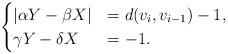
LaTeX: \begin{align*} \begin{cases} |\alpha Y-\beta X| &= d(v_i,v_{i-1})-1,\\ \gamma Y-\delta X &= -1.\end{cases}\end{align*}